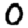
Digit: 0